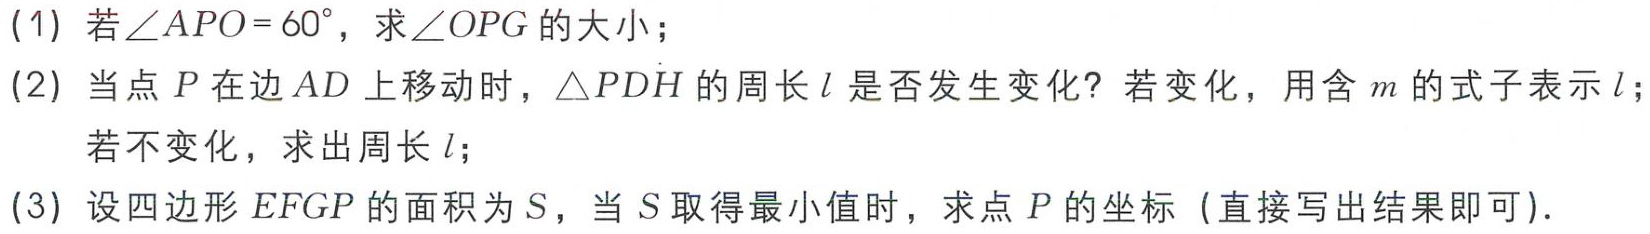
(1) 若\(\angle APO = 60^{\circ}\)，求\(\angle OPG\)的大小；

(2) 当点\(P\)在边\(AD\)上移动时，\(\triangle PDH\)的周长\(l\)是否发生变化？若变化，用含\(m\)的式子表示\(l\)；

若不变化，求出周长\(l\)；

(3) 设四边形\(EFGP\)的面积为\(S\)，当\(S\)取得最小值时，求点\(P\)的坐标（直接写出结果即可）.